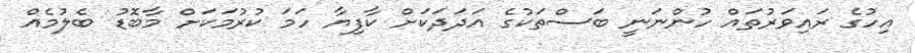
އިހުގެ ރައިވަރުތައް ހުންނަނީ ބަސްތަކުގެ އަދަދަކަށް ކާފިޔާ ހަމަ ކުރުމަކަށް މާބޮޑު ބެލުމެއް